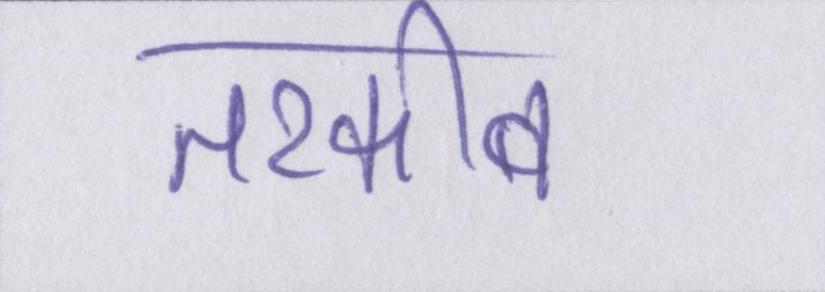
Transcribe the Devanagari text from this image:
तरकीब